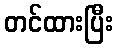
တင်ထားပြီး